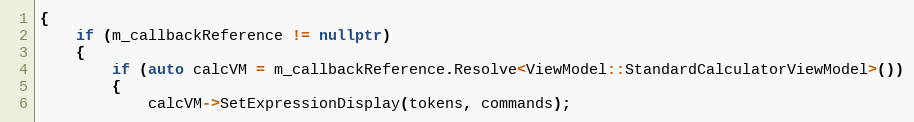
Language: C++
{
    if (m_callbackReference != nullptr)
    {
        if (auto calcVM = m_callbackReference.Resolve<ViewModel::StandardCalculatorViewModel>())
        {
            calcVM->SetExpressionDisplay(tokens, commands);